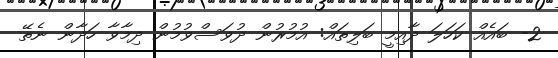
2- ބައެއް ކަހަލަ ދާއިމީ ބަލިތައް: އުމުރުން ދުވަސްވުމުން ދިމާވާ ހަދާން ނެތޭ